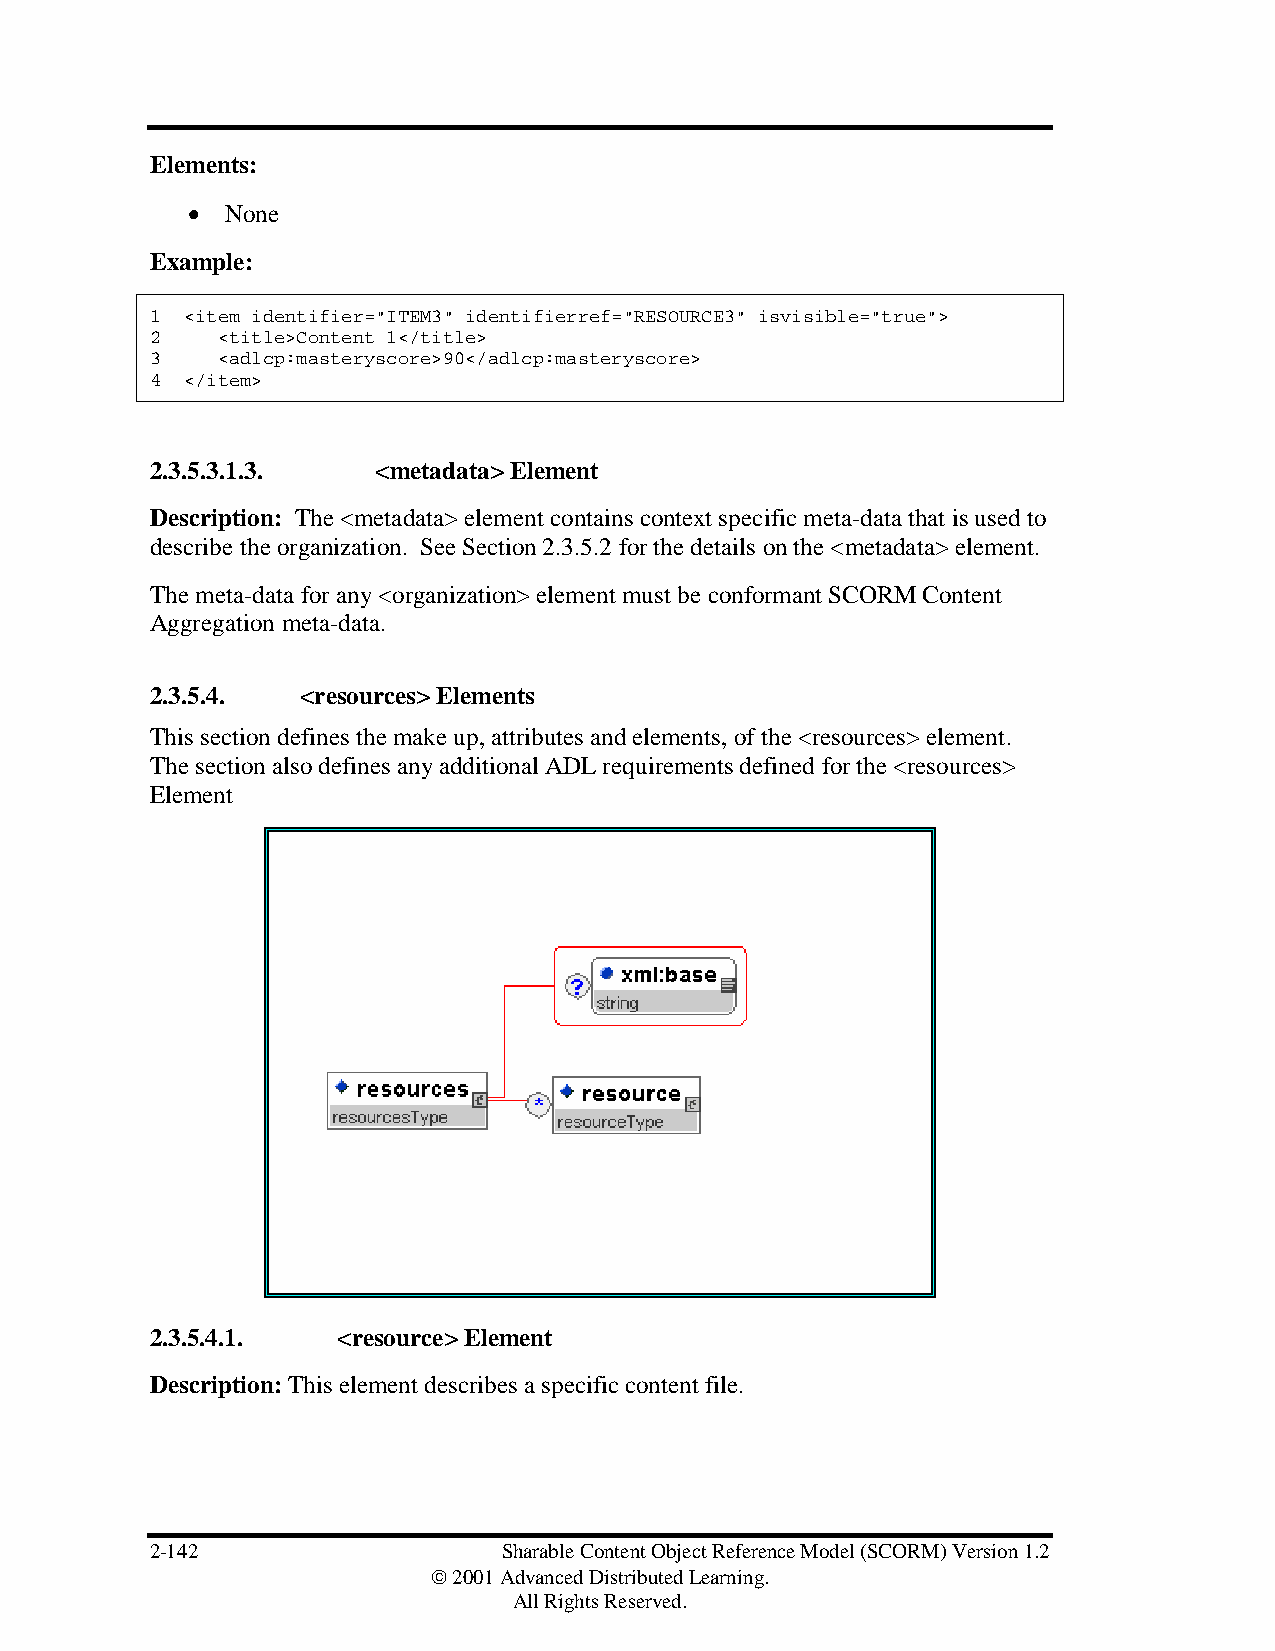
Elements:
 •  None
 Example:
 1 <item identifier="ITEM3" identifierref="RESOURCE3" isvisible="true">
 2   <title>Content 1</title>
 3   <adlcp:masteryscore>90</adlcp:masteryscore>
 4 </item>
 2.3.5.3.1.3.   <metadata> Element
 Description: The <metadata> element contains context specific meta-data that is used to
 describe the organization. See Section 2.3.5.2 for the details on the <metadata> element.
 The meta-data for any <organization> element must be conformant SCORM Content
 Aggregation meta-data.
 2.3.5.4.  <resources> Elements
 This section defines the make up, attributes and elements, of the <resources> element.
 The section also defines any additional ADL requirements defined for the <resources>
 Element
 2.3.5.4.1.  <resource> Element
 Description: This element describes a specific content file.
 2-142                  Sharable Content Object Reference Model (SCORM) Version 1.2
  2001 Advanced Distributed Learning.
 All Rights Reserved.